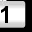
Digit: 1